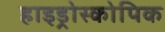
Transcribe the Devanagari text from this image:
हाइड्रोस्कोपिक